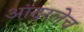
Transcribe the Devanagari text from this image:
आंदरलेच